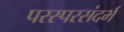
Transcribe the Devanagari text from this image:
परस्परसंदर्भ